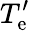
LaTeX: T_{\mathrm{e}}^{\prime}